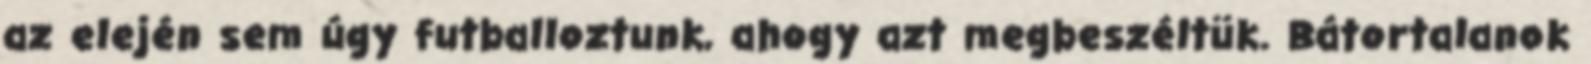
az elején sem úgy futballoztunk, ahogy azt megbeszéltük. Bátortalanok